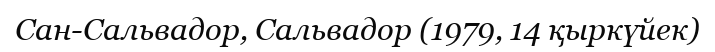
Сан-Сальвадор, Сальвадор (1979, 14 қыркүйек)